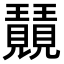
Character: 𭺕